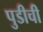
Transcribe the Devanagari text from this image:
पुडीची